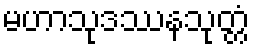
မဟာသုဒဿနသုတ္တံ